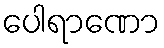
ပေါရာဏော